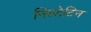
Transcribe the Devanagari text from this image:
निस्टेटिन